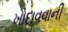
ખોદાવવાની